Calcutta medical institutions reports 1879-81 [i.e.91]
Year: 1879
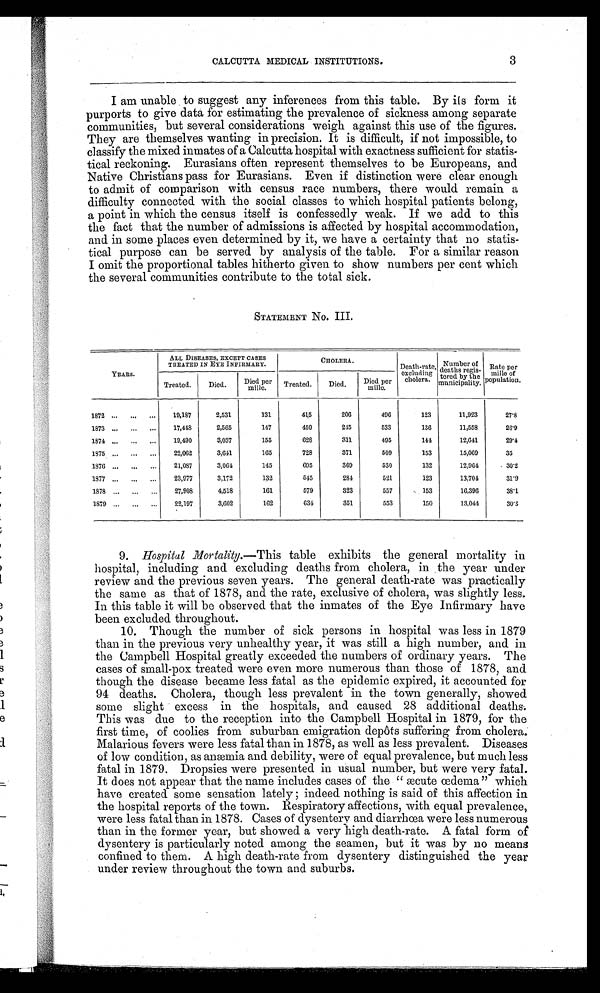
CALCUTTA MEDICAL INSTITUTIONS. 3
I am unable to suggest any inferences from this table. By its form it
purports to give data for estimating the prevalence of sickness among separate
communities, but several considerations weigh against this use of the figures.
They are themselves wanting in precision. It is difficult, if not impossible, to
classify the mixed inmates of a Calcutta hospital with exactness sufficient for statis-
tical reckoning. Eurasians often represent themselves to be Europeans, and
Native Christians pass for Eurasians. Even if distinction were clear enough
to admit of comparison with census race numbers, there would remain a
difficulty connected with the social classes to which hospital patients belong,
a point in which the census itself is confessedly weak. If we add to this
the fact that the number of admissions is affected by hospital accommodation,
and in some places even determined by it, we have a certainty that no statis-
tical purpose can be served by analysis of the table. For a similar reason
I omit the proportional tables hitherto given to show numbers per cent which
the several communities contribute to the total sick.
STATEMENT No. III.
YEARS.
ALL DISEASES, EXCEPT CASES
TREATED IN EYE INFIRMARY.
CHOLERA.
Death-rate,
excluding
cholera.
Number of s_
deaths regis-
t e r e d by t he
municipality.
Rate per
mi l l e of popul at i on.
Treated.
Died.
Died per
mille.
Treated.
Died.
Died per
mille.
1872
19,187
2,531
131
415
206
496
123
11,923
27.8
1873
17,448
2,565
147
459
245
533
136
11,558
26.9
1874
1 9 , 4 9 0
3,037
155
628
311
495
144
12,641
29.4
1875
22,062
3,641
165
728
371
509
153
15,069
35
1876
21,087
3,064
145
695
369
530
132
1 2 , 9 6 4
3 0 . 2
1877
23,977
3,172
132
545
284
521
123
13,704
31.9
1878
27,908
4,518
161
579
323
557
153
16,396
38.1
1879
22,197
3,602
162
6 3 4
351
553
150
13,044
30.3
9. Hospital Mortality.—This table exhibits the general mortality in
hospital, including and excluding deaths from cholera, in the year under
review and the previous seven years. The general death-rate was practically
the same as that of 1878, and the rate, exclusive of cholera, was slightly less.
In this table it will be observed that the inmates of the Eye Infirmary have
been excluded throughout.
10. Though the number of sick persons in hospital was less in 1879
than in the previous very unhealthy year, it was still a high number, and in
the Campbell Hospital greatly exceeded the numbers of ordinary years. The
cases of small-pox treated were even more numerous than those of 1878, and
though the disease became less fatal as the epidemic expired, it accounted for
94 deaths. Cholera, though less prevalent in the town generally, showed
some slight excess in the hospitals, and caused 28 additional deaths.
This was due to the reception into the Campbell Hospital in 1879, for the
first time, of coolies from suburban emigration depots suffering from cholera.
Malarious fevers were less fatal than in 1878, as well as less prevalent. Diseases
of low condition, as anæmia and debility, were of equal prevalence, but much less
fatal in 1879. Dropsies were presented in usual number, but were very fatal.
It does not appear that the name includes cases of the " æcute œdema" which
have created some sensation lately; indeed nothing is said of this affection in
the hospital reports of the town. Respiratory affections, with equal prevalence,
were less fatal than in 1878. Cases of dysentery and diarrhœa were less numerous
than in the former year, but showed a very high death-rate. A fatal form of
dysentery is particularly noted among the seamen, but it was by no means
confined to them. A high death-rate from dysentery distinguished the year
under review throughout the town and suburbs.